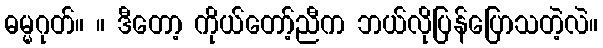
ဓမ္မဂုတ်။ ။ ဒီတော့ ကိုယ်တော့်ညီက ဘယ်လိုပြန်ပြောသတဲ့လဲ။